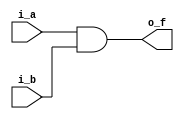
// -- python C:\Users\Brandon\Documents\Personal_Projects\my_utils\modelsim_utils\auto_run.py -d run_cmd__nand4_gate_v.do

module AND2_gate_v
  (input i_a, i_b,
   output o_f);
   
  assign o_f = i_a & i_b;
  
endmodule